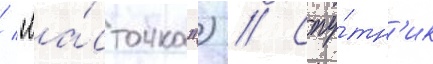
/ "ла́сточка") // Спу́тн'ик